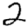
Digit: 2